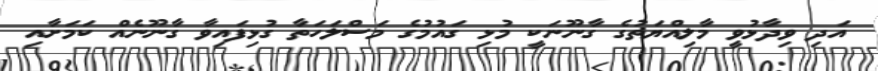
އަދި ވިދާޅުވީ މާލިއްޔަތުގެ ގާނޫނަކީ މުޅި ގައުމުގެ މަސްލަހަތާ ގުޅިފައިވާ ގާނޫނެއް ކަމަށާއި